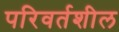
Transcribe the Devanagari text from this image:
परिवर्तशील